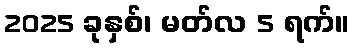
2025 ခုနှစ်၊ မတ်လ 5 ရက်။